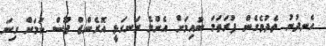
ހެނދުނު ތެދުވެގެން ފުރަތަމަ ބުއިމަށް އެންމެ ރަނގަޅީ އޮރެންޖް ޖޫސް ކަމަށް ގިނަ